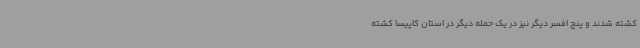
کشته شدند و پنج افسر دیگر نیز در یک حمله دیگر در استان کاپیسا کشته